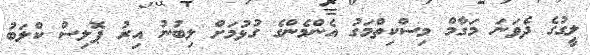
ލީގުގެ ދެވަނަ މަގާމް މިސްކިތްމަގު އެންމެންގެ ގުޅުމަށް ލިބުނު އިރު ޕޮލިސް ކްލަބު